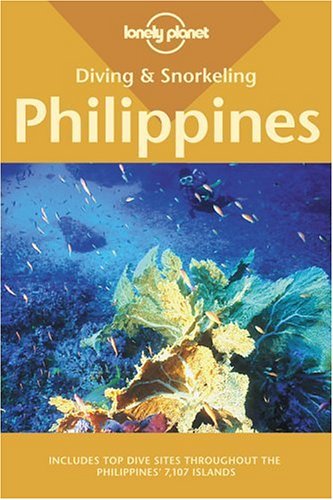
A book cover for Diving & Snorkeling Philippines (Lonely Planet Diving & Snorkeling Philippines); Heneage Mitchell; Sports & Outdoors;